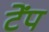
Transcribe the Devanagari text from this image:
टेंप